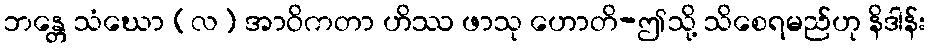
ဘန္တေ သံဃော (လ) အာဝိကတာ ဟိဿ ဖာသု ဟောတိ-ဤသို့ သိစေရမည်ဟု နိဒါန်း